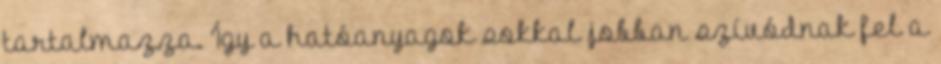
tartalmazza. Így a hatóanyagok sokkal jobban szívódnak fel a